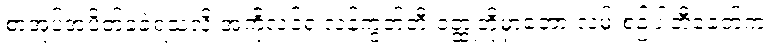
စာအုပ်အပိတ်ခံခဲ့ရသလို အကိုလင်ရဲ့လန်ကွတ်တီ ဝတ္ထုတိုမှာတော့ လမ်းစဉ်ပါတီခေတ်က